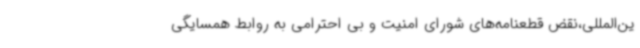
ین‌المللی،نقض قطعنامه‌های شورای امنیت و بی احترامی به روابط همسایگی